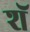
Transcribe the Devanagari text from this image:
शॅ